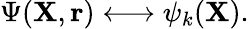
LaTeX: \Psi({\mathbf{X}},{\mathbf{r}})\longleftrightarrow\psi_{k}({\mathbf{X}}).